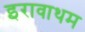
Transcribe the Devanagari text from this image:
इरावाथम